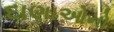
દાણાઓનો